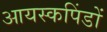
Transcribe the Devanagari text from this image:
आयस्कपिंडों